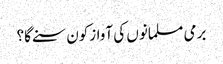
برمی مسلمانوں کی آوازکون سنے گا؟